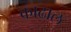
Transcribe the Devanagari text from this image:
काढाल